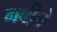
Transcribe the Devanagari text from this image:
नबीने